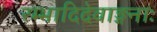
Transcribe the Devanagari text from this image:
रम्भादिदेवाङ्गनाः